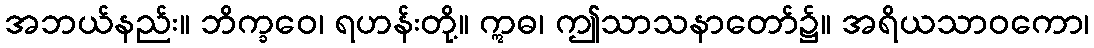
အဘယ်နည်း။ ဘိက္ခဝေ၊ ရဟန်းတို့။ ဣဓ၊ ဤသာသနာတော်၌။ အရိယသာဝကော၊